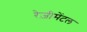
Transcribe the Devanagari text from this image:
रेज़ीमेंटल